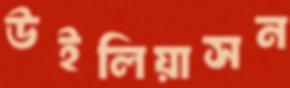
উইলিয়াসন